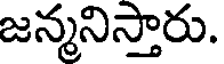
జన్మనిస్తారు.